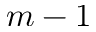
m - 1